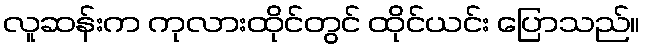
လူဆန်းက ကုလားထိုင်တွင် ထိုင်ယင်း ပြောသည်။